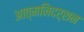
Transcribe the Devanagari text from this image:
आत्मनिदर्शन